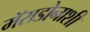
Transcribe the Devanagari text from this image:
मॅराडोनाशी